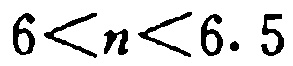
\(6 < n < 6.5\)